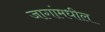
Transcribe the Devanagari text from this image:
जागांमधील